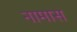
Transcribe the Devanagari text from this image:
नामास